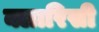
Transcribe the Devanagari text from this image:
क्लारिसी